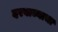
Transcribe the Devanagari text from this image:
दरवाज्याचा